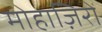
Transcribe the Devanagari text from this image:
मोहाज़िरों